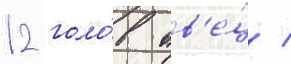
12 голо́в ов'е́ц /